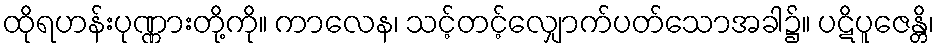
ထိုရဟန်းပုဏ္ဏားတို့ကို။ ကာလေန၊ သင့်တင့်လျှောက်ပတ်သောအခါ၌။ ပဋိပူဇေန္တိ၊